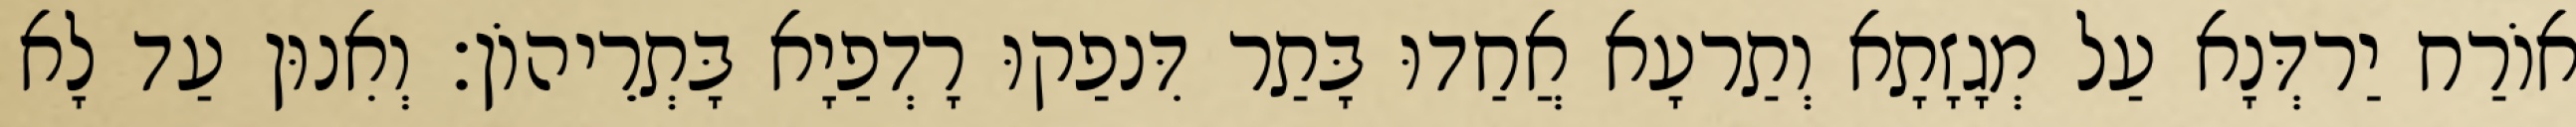
אוֹרַח יַרדְּנָא עַל מְגָזָתָא וְתַרעָא אֲחַדוּ בָּתַר דִּנפַקוּ רָדְפַיָא בָּתְרֵיהוֹן׃ וְאִנוּן עַד לָא